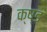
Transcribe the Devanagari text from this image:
क्ष्ड